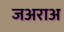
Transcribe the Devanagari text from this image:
जअराअ